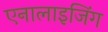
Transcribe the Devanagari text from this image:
एनालाइजिंग